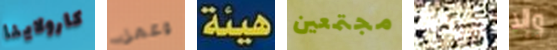
كارولاينا وعمل هيئة مجتمعين اتركنا وإلا